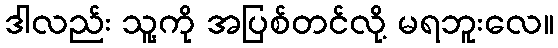
ဒါလည်း သူ့ကို အပြစ်တင်လို့ မရဘူးလေ။